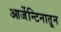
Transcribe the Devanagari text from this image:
आर्जेन्टिनातून